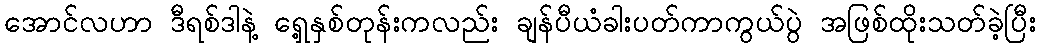
အောင်လဟာ ဒီရစ်ဒါနဲ့ ရှေ့နှစ်တုန်းကလည်း ချန်ပီယံခါးပတ်ကာကွယ်ပွဲ အဖြစ်ထိုးသတ်ခဲ့ပြီး